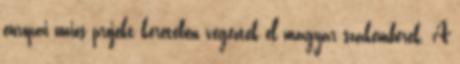
európai uniós projekt keretében végeztek el magyar szakemberek. A